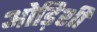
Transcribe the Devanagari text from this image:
ओड़िशी